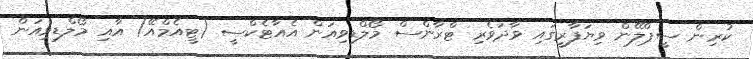
ކުރިން ސީޕްލޭން ވިޔަފާރީގައި ވާދަވެރި ޓްރާންސް މޯލްޑިވިއަން އެއާޓެކްސީ (ޓީއެމްއޭ) އާއި މޯލްޑިވިއަން